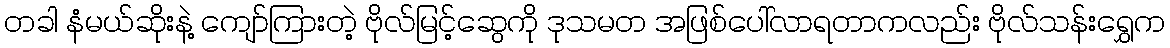
တခါ နံမယ်ဆိုးနဲ့ ကျော်ကြားတဲ့ ဗိုလ်မြင့်ဆွေကို ဒုသမတ အဖြစ်ပေါ်လာရတာကလည်း ဗိုလ်သန်းရွှေက